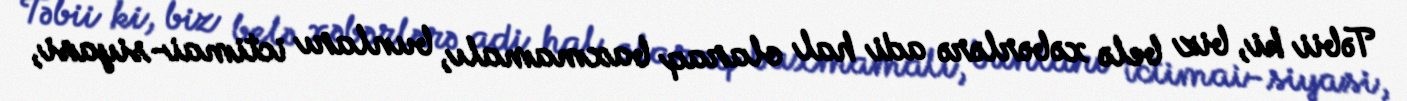
Təbii ki, biz belə xəbərlərə adi hal olaraq baxmamalı, bunları ictimai-siyasi,